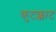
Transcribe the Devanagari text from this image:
कुटक्काट